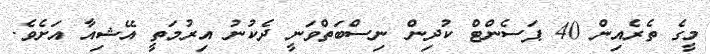
މީގެ ތެރެއިން 40 ޕަސެންޓް ކުދިން ނިސްބަތްވަނީ ދެކުނު އިރުމަތީ އޭޝިއާ އަށެވެ.